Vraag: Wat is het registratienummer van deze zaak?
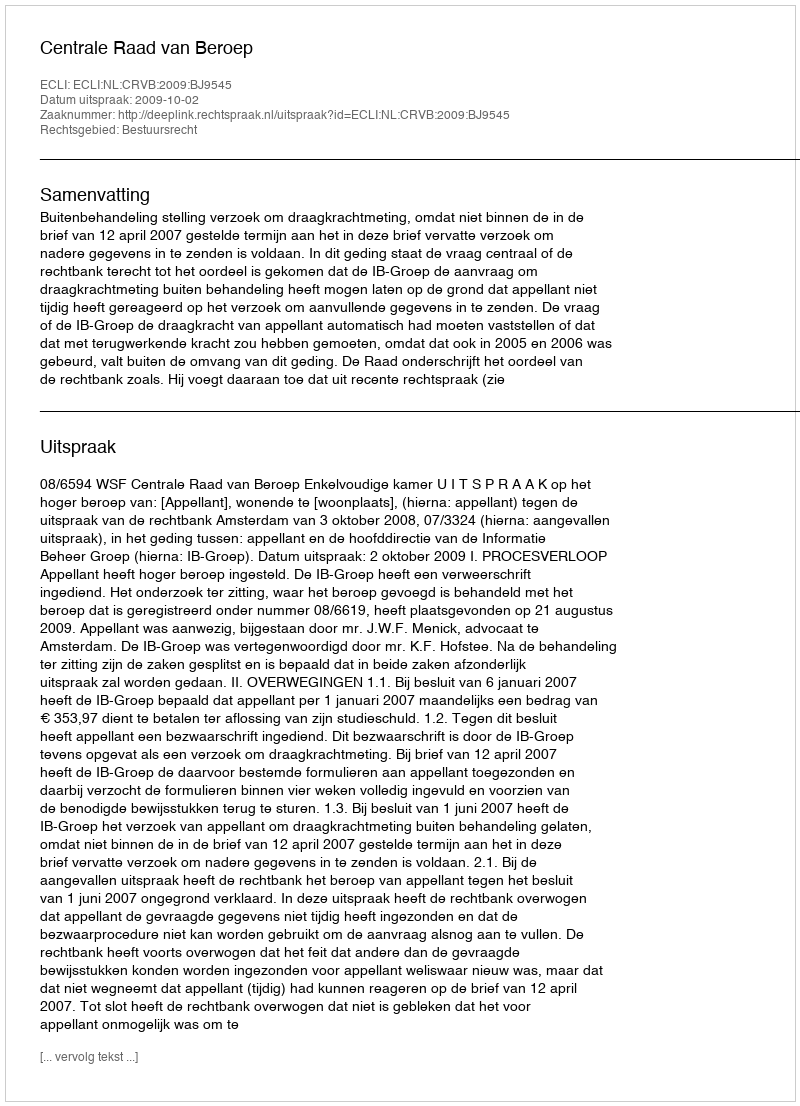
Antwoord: http://deeplink.rechtspraak.nl/uitspraak?id=ECLI:NL:CRVB:2009:BJ9545